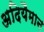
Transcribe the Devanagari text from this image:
अदियैमान